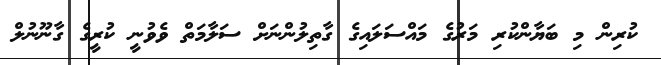
ކުރިން މި ބަޔާންކުރި މަރުގެ މައްސަލައިގެ ގާތިލުންނަށް ސަލާމަތް ވެވުނީ ކުރީގެ ގާނޫނުލް